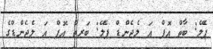
ޕެލޭ: ބާތް އޮފް އަ ލެެޖެންޑް ޕެލޭ: ބަރތް އޮފް އަ ލެެޖެންޑްގެ